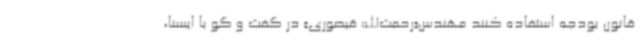
قانون بودجه استفاده کنند مهندس«رحمت‌الله قیصوری» در گفت و گو با ایسنا،